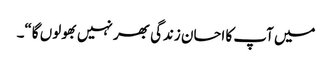
میں آپ کا احسان زندگی بھر نہیں بھولوں گا“۔